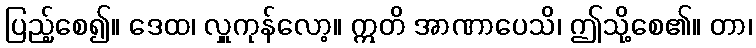
ပြည့်စေ၍။ ဒေထ၊ လှူကုန်လော့။ ဣတိ အာဏာပေသိ၊ ဤသို့စေ၏။ တာ၊